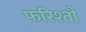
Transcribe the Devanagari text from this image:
फरिश्तौ